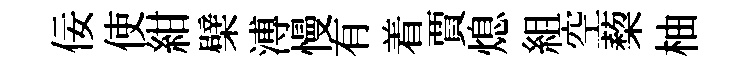
佞使紺檗溥慢有着賈熄組空蔾柚